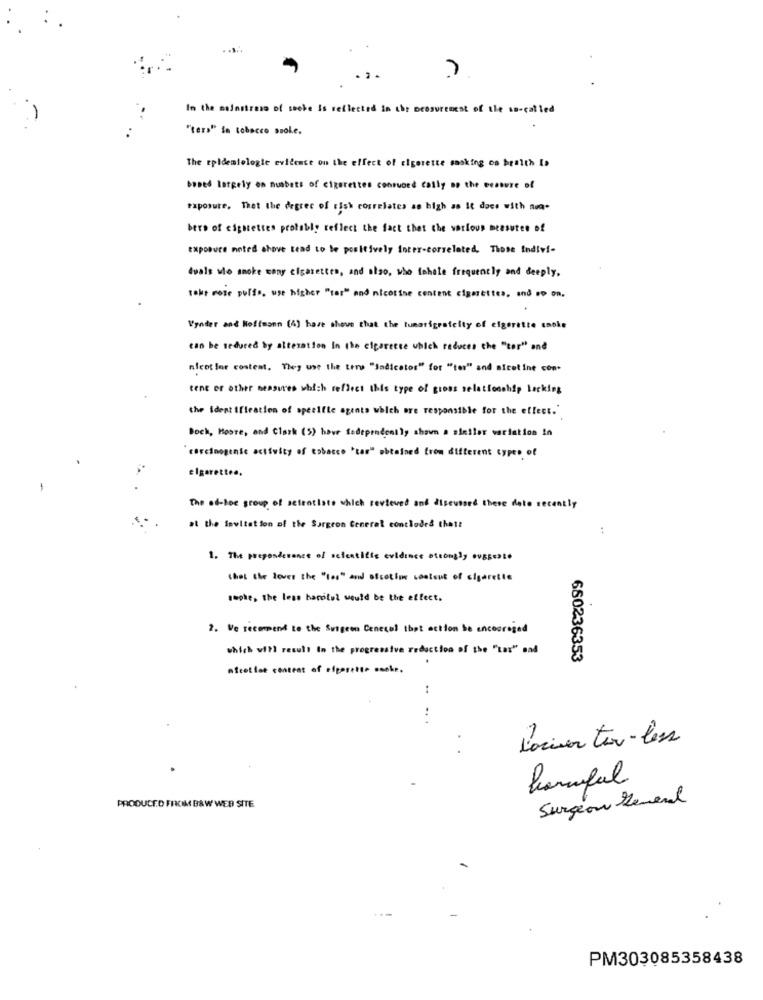
. . .
In the mainstress of socke is reflected in the measurenest of the so-called
"ters" in tobacco suole.
The epidemiologie evidence on the effect of cigarette sasking co health Is
Dobed largely on numbers of cigarettes consumed cally so the mesure of
exposure. Thet the degree of Fish correlates as high as It does with na-
bers of cigarettes probably reflect the fact that the various measures of
exposure noted shove tend to te positively inter-correlated, Those Indivi-
duals ulo smoke wany cigarettes, and also, who fahale frequently and deeply,
takt mose puffs, use higher "tar" and nicotine content cigarettes, and so on,
Vyoder and Hoffmann (4) have shove that the tumarigrafelty of cigarette smoke
can be reduced by alteration In (he cigarette which reduces the "tor" and
nicotine content. They use the term "indicator" for "ter" and nicotine con-
tene or other measures which reflect this type of gross relationship lacking
the Identification of specifie agents which are responsible for the effect.'
Bock, Moore, and Clark (5) hour Sedependeally shown a similar variation in
"carcinogenic activity of tobacco 'tan" obtained from different types of
elgarette ..
The ad-hoc group of scientists which reviewed and discussed there doto recently
at the invitation of the Surgeon General concluded that!
1. The preponder
I scientific evidence strongly ovaBeste
that she loves the "les" and alsotion bootcut of cigarette
suche, the less hanotel would be the effect.
2. We recommend to the Surgeon Cenecel that action be encouraged
which will result In the progressive reduction of the "Lar" sad
680236353
nicotine content of efgarette sank ..
..
.+
L'acier tex-less
.
harmful
Surgeon General
PRODUCED FROM B&W WEB SITE
PM303085358438